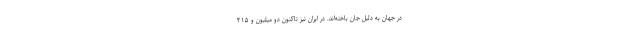
در جهان به دلیل جان باخته‌اند. در ایران نیز تاکنون دو میلیون و ۲۱۵